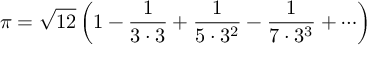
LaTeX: \pi = { \sqrt { 1 2 } } \left( 1 - { \frac { 1 } { 3 \cdot 3 } } + { \frac { 1 } { 5 \cdot 3 ^ { 2 } } } - { \frac { 1 } { 7 \cdot 3 ^ { 3 } } } + \cdots \right)